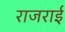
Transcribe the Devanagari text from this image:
राजराई